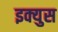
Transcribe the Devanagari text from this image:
इक्युस